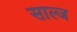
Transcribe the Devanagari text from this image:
साल्ज